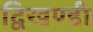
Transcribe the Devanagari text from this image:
द्विखण्डी